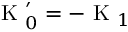
\mathrm { ~ K ~ } _ { 0 } ^ { \prime } = - \mathrm { ~ K ~ } _ { 1 }